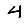
Digit: 4